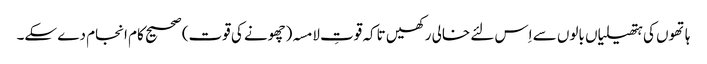
ہاتھوں کی ہتھیلیاں بالوں سے اِس لئے خالی رکھیں تاکہ قوتِ لامسہ(چھونے کی قوت) صحیح کام انجام دے سکے۔